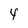
Character: 4